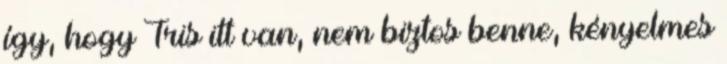
így, hogy Tris itt van, nem biztos benne, kényelmes